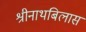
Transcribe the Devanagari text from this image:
श्रीनाथबिलास